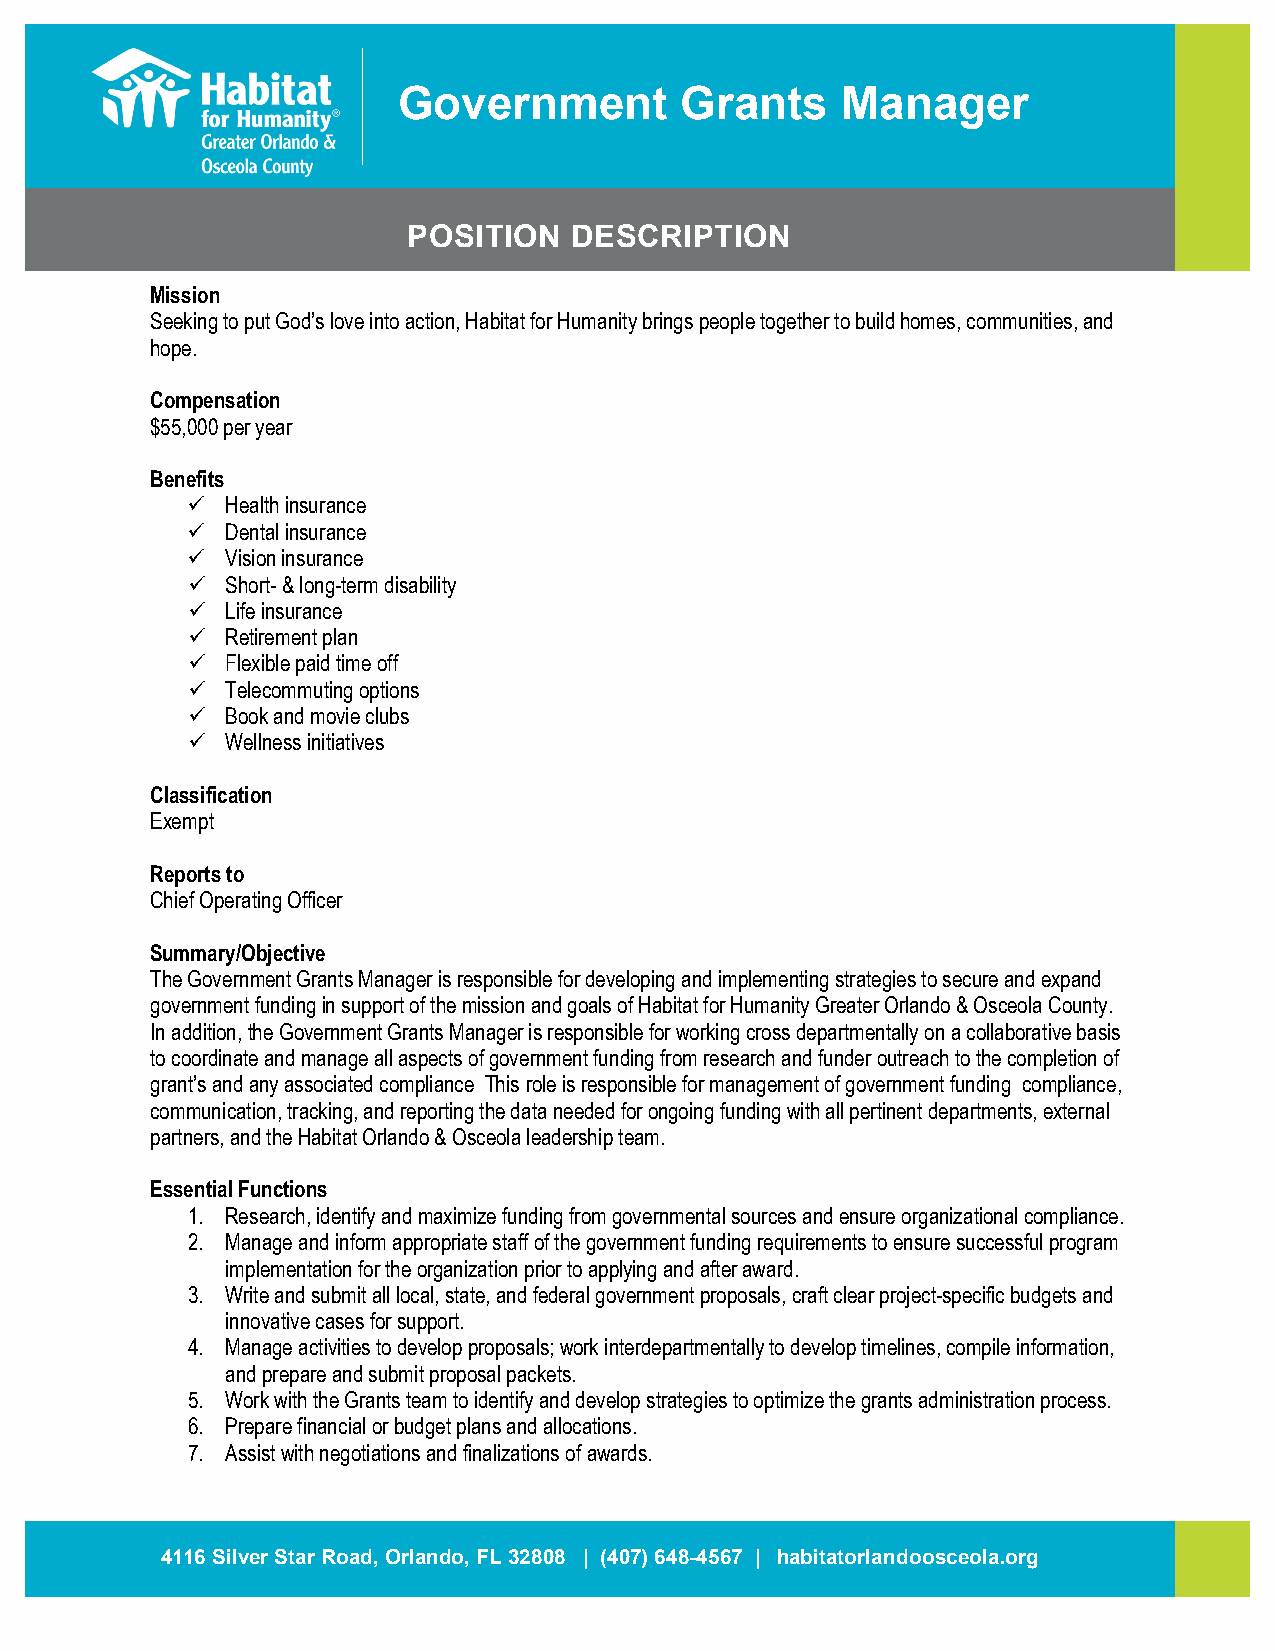
Government         Grants     Manager
 POSITION   DESCRIPTION
 Mission
 Seeking to put God’s love into action, Habitat for Humanity brings people together to build homes, communities, and
 hope.
 Compensation
 $55,000 per year
 Benefits
   Health insurance
   Dental insurance
   Vision insurance
   Short- & long-term disability
   Life insurance
   Retirement plan
   Flexible paid time off
   Telecommuting options
   Book and movie clubs
   Wellness initiatives
 Classification
 Exempt
 Reports to
 Chief Operating Officer
 Summary/Objective
 The Government Grants Manager is responsible for developing and implementing strategies to secure and expand
 government funding in support of the mission and goals of Habitat for Humanity Greater Orlando & Osceola County.
 In addition, the Government Grants Manager is responsible for working cross departmentally on a collaborative basis
 to coordinate and manage all aspects of government funding from research and funder outreach to the completion of
 grant’s and any associated compliance This role is responsible for management of government funding compliance,
 communication, tracking, and reporting the data needed for ongoing funding with all pertinent departments, external
 partners, and the Habitat Orlando & Osceola leadership team.
 Essential Functions
 1. Research, identify and maximize funding from governmental sources and ensure organizational compliance.
 2. Manage and inform appropriate staff of the government funding requirements to ensure successful program
 implementation for the organization prior to applying and after award.
 3. Write and submit all local, state, and federal government proposals, craft clear project-specific budgets and
 innovative cases for support.
 4. Manage activities to develop proposals; work interdepartmentally to develop timelines, compile information,
 and prepare and submit proposal packets.
 5. Work with the Grants team to identify and develop strategies to optimize the grants administration process.
 6. Prepare financial or budget plans and allocations.
 7. Assist with negotiations and finalizations of awards.
 4116 Silver Star Road, Orlando, FL 32808 | (407) 648-4567 | habitatorlandoosceola.org